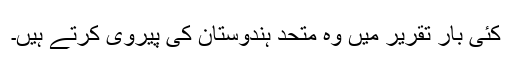
کئی بار تقریر میں وہ متحد ہندوستان کی پیروی کرتے ہیں۔